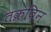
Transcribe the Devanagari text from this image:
तक्रबिन्